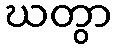
ဃတွာ